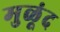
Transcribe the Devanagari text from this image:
मुळूंद